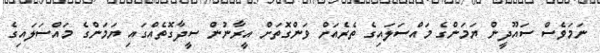
ނަމަވެސް ސައޫދީން ޔަމަންގެ މައްސަލައިގެ ތެރެއަށް ވަންގޮތަށް އީރާނުން ސީދާގޮތެއްގައި ޔަމަންގެ މައްސަލައިގެ